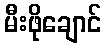
မီးဖိုချောင်